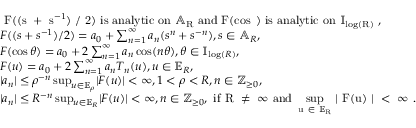
\begin{array} { r l } & { \mathrm { ~ F ( ( s ~ + ~ s ^ { - 1 } ) ~ / ~ 2 ) ~ i s ~ a n a l y t i c ~ o n ~ \mathbb { A } _ R ~ a n d ~ F ( \cos \theta ) ~ i s ~ a n a l y t i c ~ o n ~ \mathbb { I } _ { \log ( R ) } ~ } , } \\ & { F ( ( s + s ^ { - 1 } ) / 2 ) = a _ { 0 } + \sum _ { n = 1 } ^ { \infty } a _ { n } ( s ^ { n } + s ^ { - n } ) , s \in \mathbb { A } _ { R } , } \\ & { F ( \cos \theta ) = a _ { 0 } + 2 \sum _ { n = 1 } ^ { \infty } a _ { n } \cos ( n \theta ) , \theta \in \mathbb { I } _ { \log ( R ) } , } \\ & { F ( u ) = a _ { 0 } + 2 \sum _ { n = 1 } ^ { \infty } a _ { n } T _ { n } ( u ) , u \in \mathbb { E } _ { R } , } \\ & { \lvert a _ { n } \rvert \le \rho ^ { - n } \operatorname* { s u p } _ { u \in \mathbb { E } _ { \rho } } \lvert F ( u ) \rvert < \infty , 1 < \rho < R , n \in \mathbb { Z } _ { \ge 0 } , } \\ & { \lvert a _ { n } \rvert \le R ^ { - n } \operatorname* { s u p } _ { u \in \mathbb { E } _ { R } } \lvert F ( u ) \rvert < \infty , n \in \mathbb { Z } _ { \ge 0 } , \mathrm { ~ i f ~ R ~ \ne ~ \infty ~ a n d ~ \operatorname* { s u p } \limits _ { u ~ \in ~ \mathbb { E } _ R } ~ \lvert ~ F ( u ) ~ \rvert ~ < ~ \infty ~ } . } \end{array}